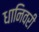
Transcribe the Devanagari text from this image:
धानिवरी